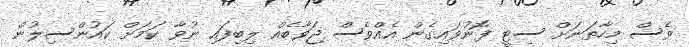
ވެސް މިހާތަނަށް ސިޓީ ފޮނުވައިގެން އެއްވެސް ޖަވާބެއް ލިބިފައި ނުވާ ކަމަށް ކައުންސިލުން